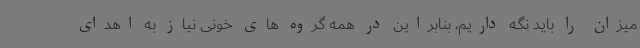
میزان را باید نگه داریم، بنابراین در همه گروه های خونی نیاز به اهدای